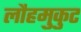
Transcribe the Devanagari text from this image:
लौहमुकुट